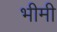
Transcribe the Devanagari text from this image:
भीमी